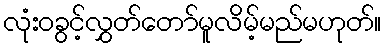
လုံးဝခွင့်လွှတ်တော်မူလိမ့်မည်မဟုတ်။